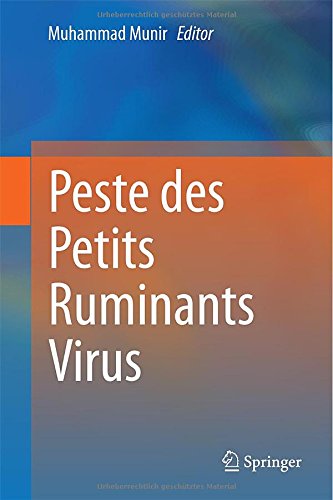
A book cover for Peste des Petits Ruminants Virus; Medical Books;